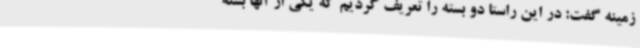
زمینه گفت: در این راستا دو بسته را تعریف کردیم که یکی از آنها بسته